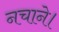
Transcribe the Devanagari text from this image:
नचाने।